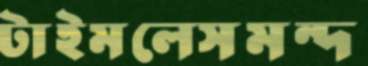
টাইমলেসমন্দ